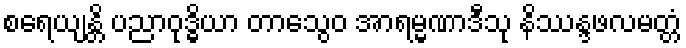
စရေယျန္တိ ပညာဝုဒ္ဓိယာ တာသွေဝ အာရမ္မဏာဒီသု နိဿန္ဒဖလမတ္တံ